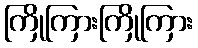
ကြိုကြားကြိုကြား